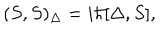
LaTeX: ( S , S ) _ { \Delta } = i \hbar [ \Delta , S ] ,